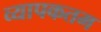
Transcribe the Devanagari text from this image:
व्यापकतम